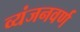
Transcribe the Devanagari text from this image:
व्यंजनवर्ण